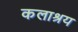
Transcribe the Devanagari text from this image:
कलाश्रय